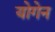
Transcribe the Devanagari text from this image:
योगेन